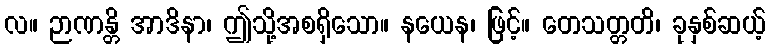
လ။ ဉာဏန္တိ အာဒိနာ၊ ဤသို့အစရှိသော။ နယေန၊ ဖြင့်။ တေသတ္တတိ၊ ခုနှစ်ဆယ့်